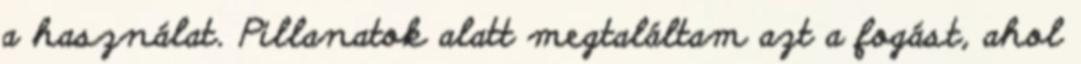
a használat. Pillanatok alatt megtaláltam azt a fogást, ahol